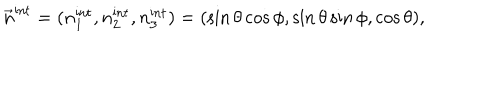
\vec { n } ^ { \mathrm { i n t } } = ( n _ { 1 } ^ { \mathrm { i n t } } , n _ { 2 } ^ { \mathrm { i n t } } , n _ { 3 } ^ { \mathrm { i n t } } ) = ( \sin \theta \cos \phi , \sin \theta \sin \phi , \cos \theta ) ,